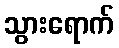
သွားရောက်